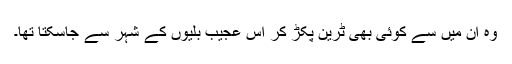
وہ ان میں سے کوئی بھی ٹرین پکڑ کر اس عجیب بلّیوں کے شہر سے جاسکتا تھا۔